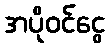
အပိုဝင်ငွေ